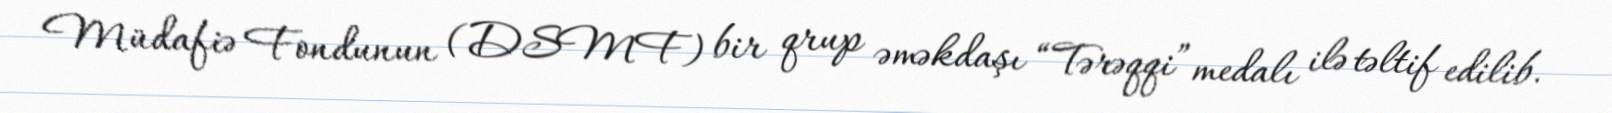
Müdafiə Fondunun (DSMF) bir qrup əməkdaşı “Tərəqqi” medalı ilə təltif edilib.